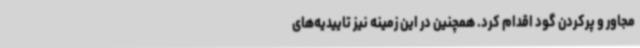
مجاور و پرکردن گود اقدام کرد. همچنین در این زمینه نیز تاییدیه‌های